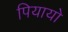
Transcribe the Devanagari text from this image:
पियायो